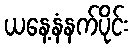
ယနေ့နံနက်ပိုင်း